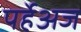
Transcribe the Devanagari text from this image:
पर्हेअज